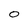
Character: 0